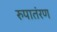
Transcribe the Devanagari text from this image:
रुपातंरण